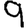
Digit: 9